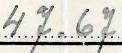
47.67